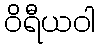
ဝိရီယဝါ